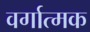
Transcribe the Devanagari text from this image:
वर्गात्मक